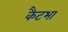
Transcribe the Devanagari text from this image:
कैटभा